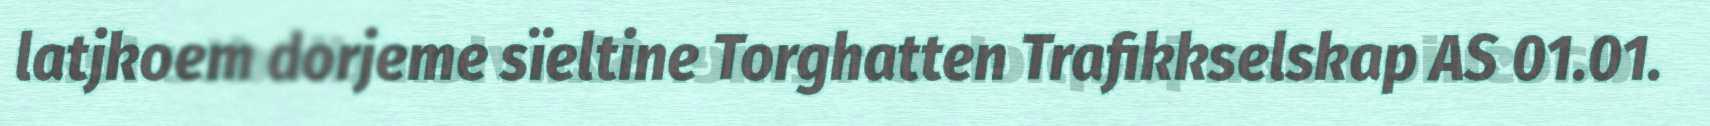
latjkoem dorjeme sïeltine Torghatten Trafikkselskap AS 01.01.